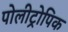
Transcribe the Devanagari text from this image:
पोलीट्रोपिक